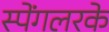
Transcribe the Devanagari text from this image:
स्पेंगलरके